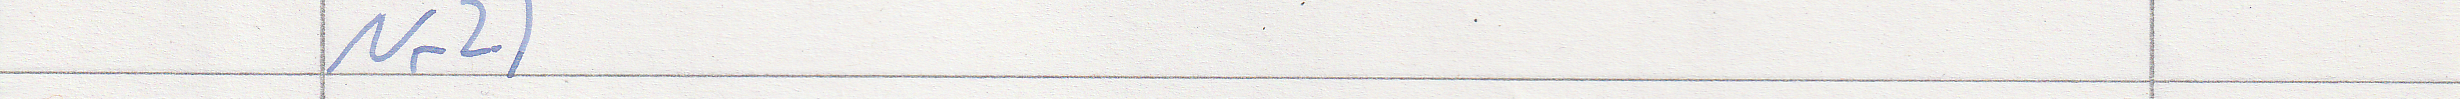
Nr2)